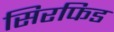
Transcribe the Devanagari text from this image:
सिरफिड